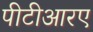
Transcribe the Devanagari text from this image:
पीटीआरए